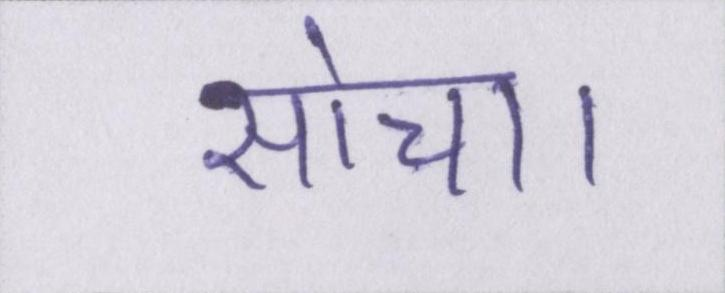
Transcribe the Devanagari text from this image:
सोचा।